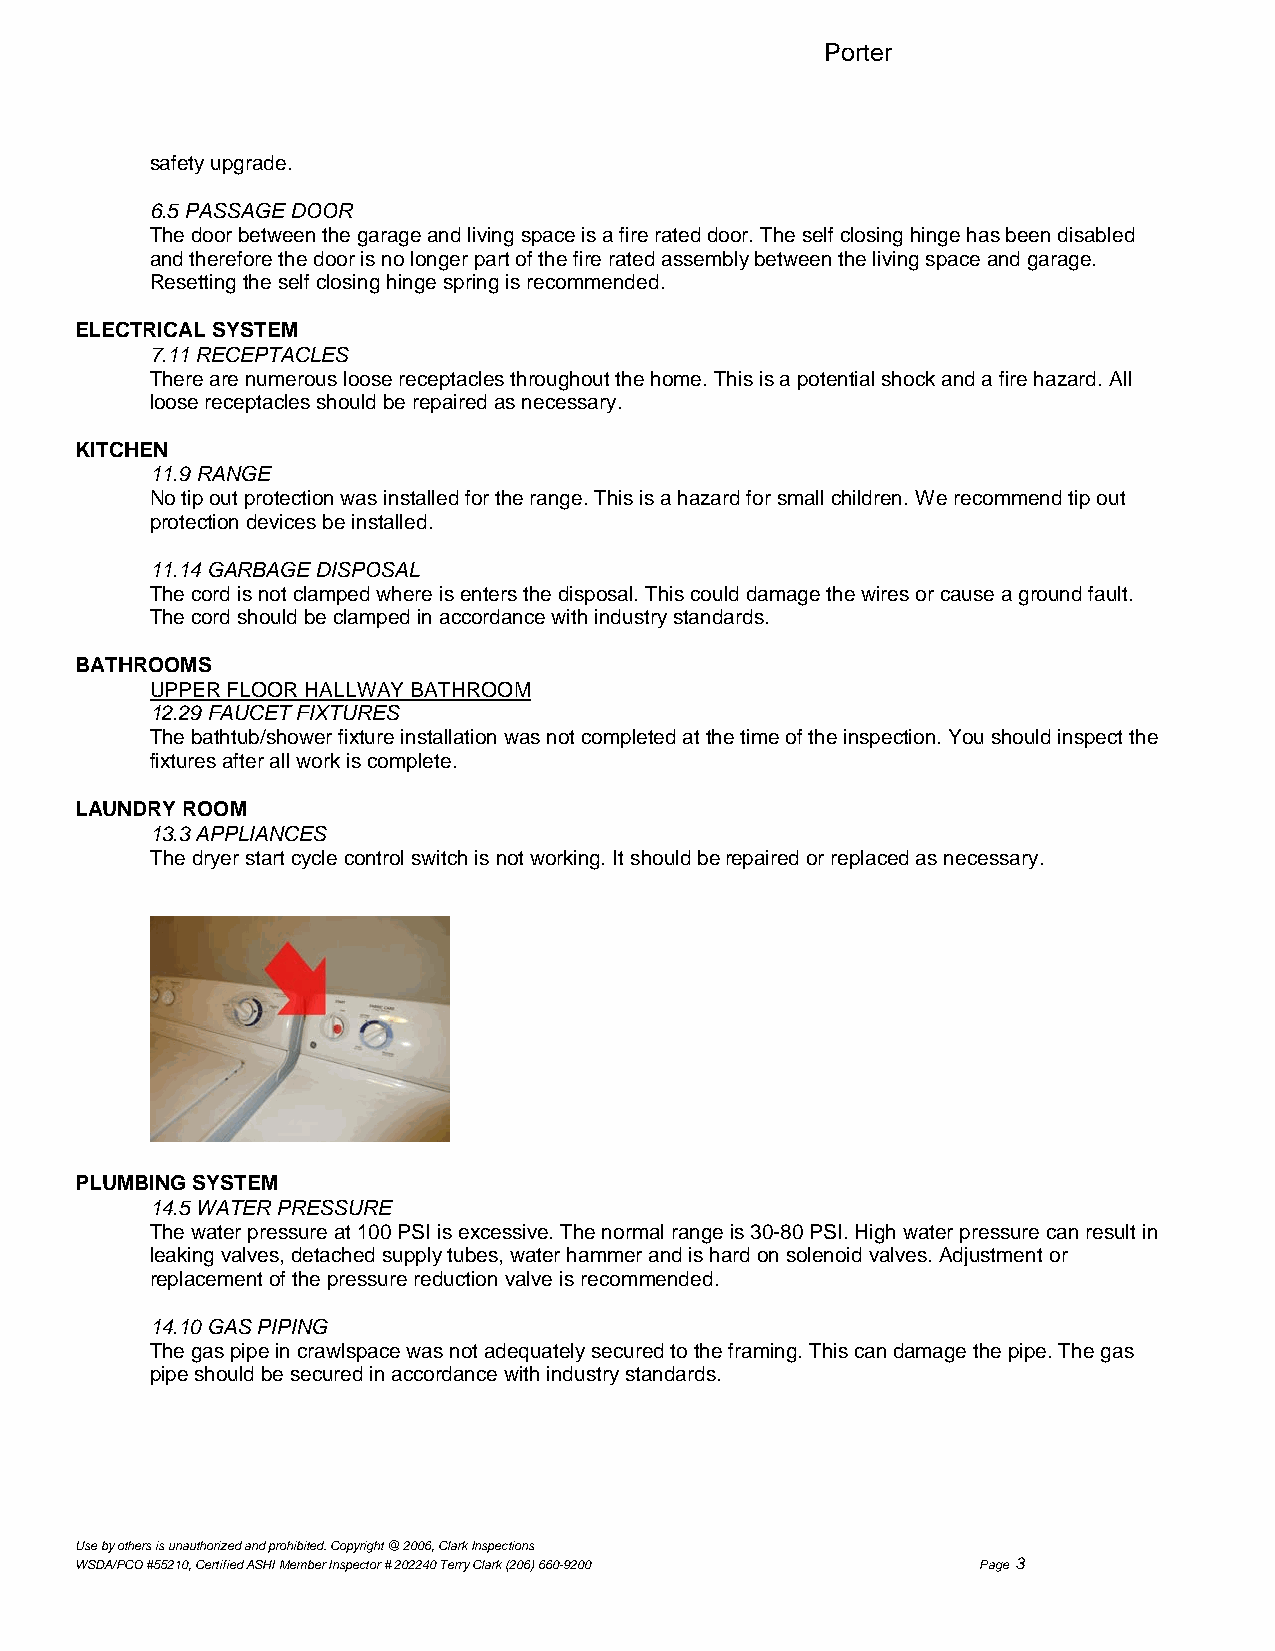
Porter
 safety upgrade.
 6.5 PASSAGE DOOR
 The door between the garage and living space is a fire rated door. The self closing hinge has been disabled
 and therefore the door is no longer part of the fire rated assemblybetween the living space and garage.
 Resetting the self closing hinge spring is recommended.
 ELECTRICAL SYSTEM
 7.11 RECEPTACLES
 There are numerous loose receptacles throughout the home. This is a potential shock and a fire hazard. All
 loose receptacles should be repaired as necessary.
 KITCHEN
 11.9 RANGE
 No tip out protection was installed for the range. This is a hazard for small children. We recommend tip out
 protection devices be installed.
 11.14 GARBAGE DISPOSAL
 The cord is not clamped where is enters the disposal. This could damage the wires or cause a ground fault.
 The cord should be clamped in accordance with industry standards.
 BATHROOMS
 UPPER FLOOR HALLWAY BATHROOM
 12.29 FAUCET FIXTURES
 The bathtub/shower fixture installation was not completed at the time of the inspection. You should inspect the
 fixtures after all work is complete.
 LAUNDRY ROOM
 13.3 APPLIANCES
 The dryer start cycle control switch is not working. It should be repaired or replaced as necessary.
 PLUMBING SYSTEM
 14.5 WATER PRESSURE
 The water pressure at 100 PSI is excessive. The normal range is 30-80 PSI. High water pressure can result in
 leaking valves, detached supply tubes, water hammer and is hard on solenoid valves. Adjustment or
 replacement of the pressure reduction valve is recommended.
 14.10 GAS PIPING
 The gas pipe in crawlspace was not adequately secured to the framing. This can damage the pipe. The gas
 pipe should be secured in accordance with industry standards.
 Use by others is unauthorized and prohibited. Copyright @ 2006, Clark Inspections
 WSDA/PCO #55210, Certified ASHI Member Inspector # 202240 Terry Clark (206) 660-9200 Page 3